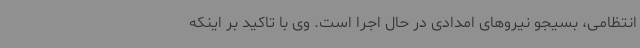
انتظامی، بسیجو نیروهای امدادی در حال اجرا است. وی با تاکید بر اینکه